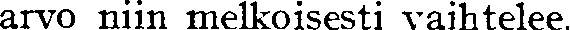
arvo niin melkoisesti vaihtelee.